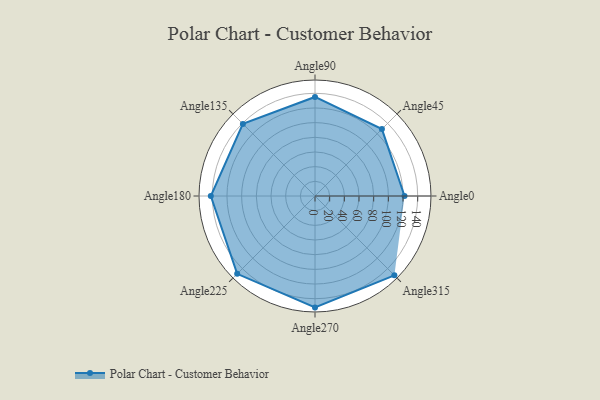
{"axis": {"x": "Angle", "y": "Radius"}, "legend": [""], "data": [{"x": "Angle0", "y": 122.0, "type": ""}, {"x": "Angle45", "y": 129.0, "type": ""}, {"x": "Angle90", "y": 135.0, "type": ""}, {"x": "Angle135", "y": 139.0, "type": ""}, {"x": "Angle180", "y": 142.0, "type": ""}, {"x": "Angle225", "y": 150.0, "type": ""}, {"x": "Angle270", "y": 152.0, "type": ""}, {"x": "Angle315", "y": 153.0, "type": ""}]}